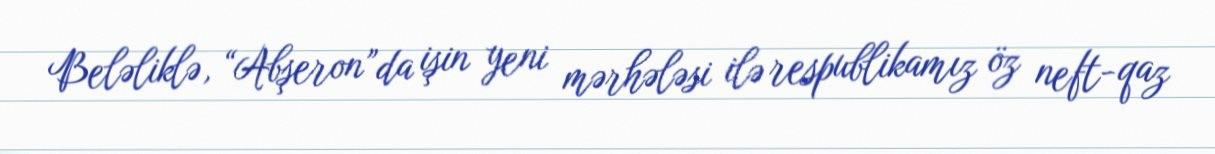
Beləliklə, “Abşeron”da işin yeni mərhələsi ilə respublikamız öz neft-qaz